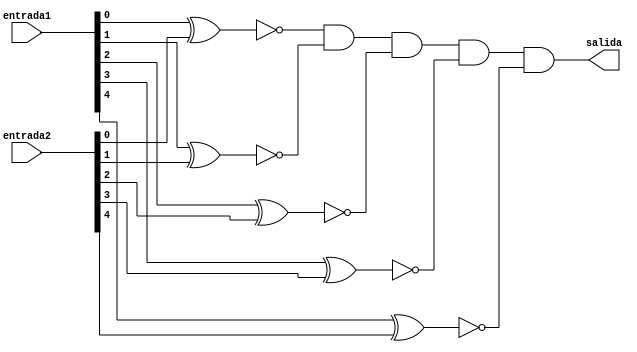
`timescale 1ns / 1ps
//////////////////////////////////////////////////////////////////////////////////
// Company: 
// Engineer: 
// 
// Design Name: 
// Module Name: Comparador
// Project Name: 
// Target Devices: 
// Tool Versions: 
// Description: 
// 
// Dependencies: 
// 
// Revision:
// Revision 0.01 - File Created
// Additional Comments:
// 
//////////////////////////////////////////////////////////////////////////////////


module Comparador_5b(entrada1, entrada2, salida
    );
    input [4:0] entrada1;
    input [4:0] entrada2;
    output salida;
    
    wire comp1, comp2, comp3, comp4, comp5;
    
    assign comp1 = ~(entrada1[0]^entrada2[0]);
    assign comp2 = ~(entrada1[1]^entrada2[1]);
    assign comp3 = ~(entrada1[2]^entrada2[2]);
    assign comp4 = ~(entrada1[3]^entrada2[3]);
    assign comp5 = ~(entrada1[4]^entrada2[4]);
    
    assign salida = comp1 & comp2 & comp3 & comp4 & comp5;

endmodule